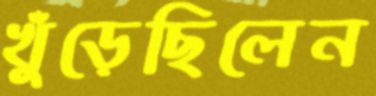
খুঁড়েছিলেন